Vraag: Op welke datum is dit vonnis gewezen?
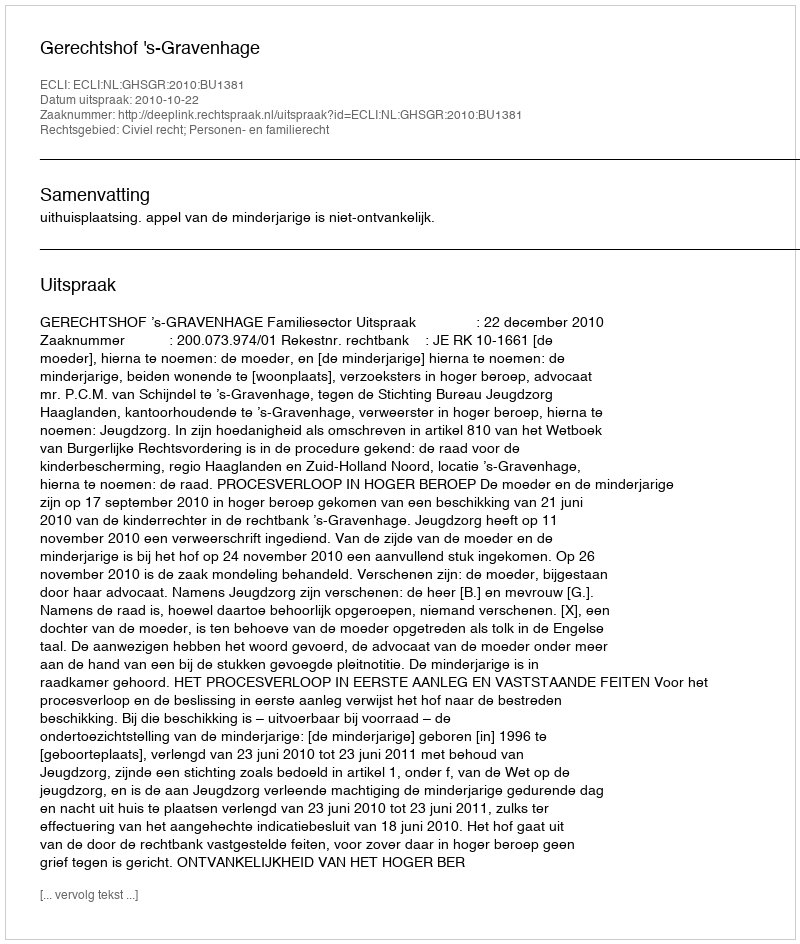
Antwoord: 2010-10-22